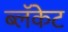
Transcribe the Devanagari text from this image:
ब्लॅकेट